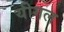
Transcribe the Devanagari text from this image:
यीगल